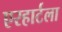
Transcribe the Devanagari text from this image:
एरहार्टला